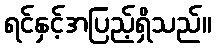
ရင်နှင့်အပြည့်ရှိသည်။